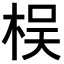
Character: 𣑀